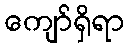
ကျော်ရှိရာ